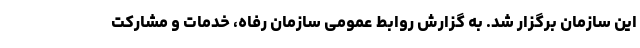
این سازمان برگزار شد. به گزارش روابط عمومی سازمان رفاه، خدمات و مشارکت